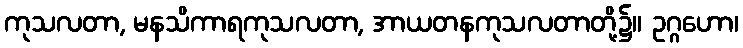
ကုသလတာ, မနသိကာရကုသလတာ, အာယတနကုသလတာတို့၌။ ဥဂ္ဂဟော၊